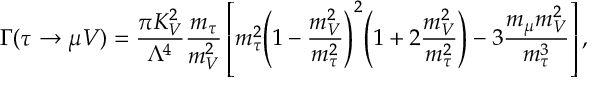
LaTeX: \Gamma ( \tau \rightarrow \mu V ) = \frac { \pi K _ { V } ^ { 2 } } { \Lambda ^ { 4 } } \frac { m _ { \tau } } { m _ { V } ^ { 2 } } \left[ m _ { \tau } ^ { 2 } { \left( 1 - \frac { m _ { V } ^ { 2 } } { m _ { \tau } ^ { 2 } } \right) } ^ { 2 } { \left( 1 + 2 \frac { m _ { V } ^ { 2 } } { m _ { \tau } ^ { 2 } } \right) } - 3 \frac { m _ { \mu } m _ { V } ^ { 2 } } { m _ { \tau } ^ { 3 } } \right] ,